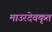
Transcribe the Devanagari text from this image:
माउरदेवकृत